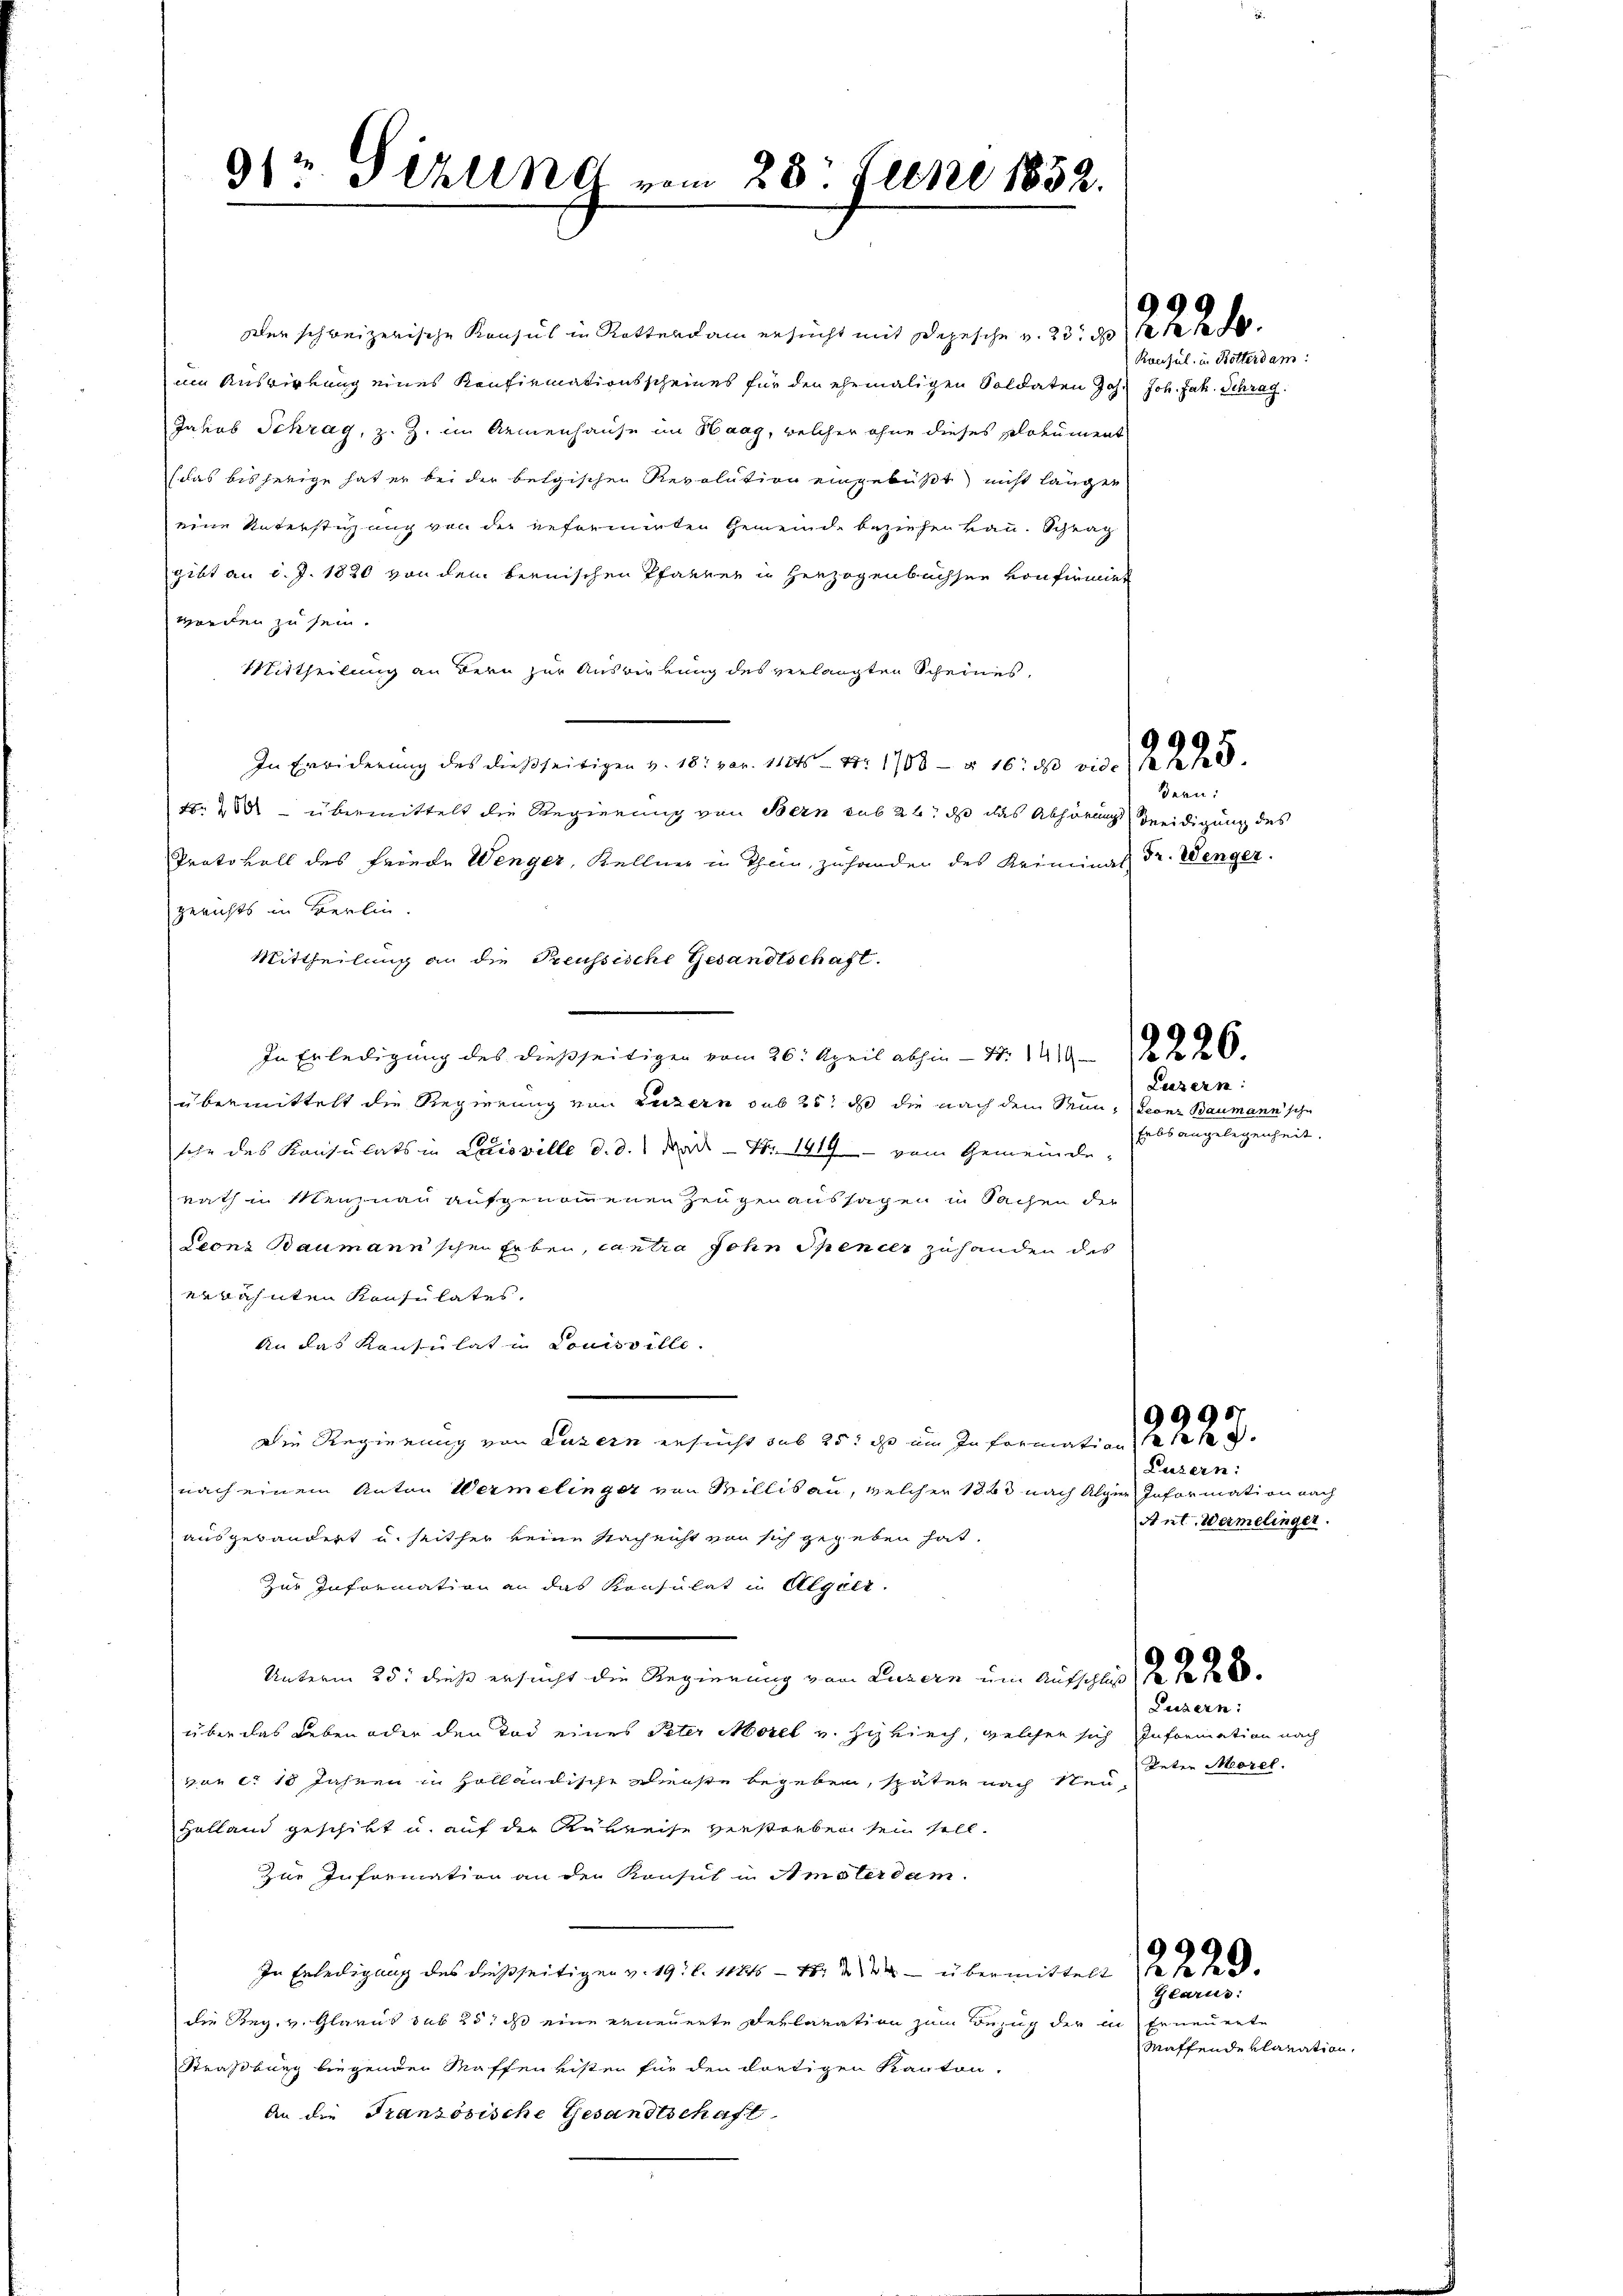
91 Sirung vom 28. Juni 1852.

oder schweizerische Kanzes in Rettendam ersucht mit Depesche v. 25. d. Jede de
um Auswirkung eines Konfirmationsscheines für den ehemaligen Soldaten Joh. Joh. Jak. Schrag
Jahiob Schrag, z. Z. im Armenhause im Haag, welcher ohne dieses Dokument
(das bisherige hat er bei der belgischen Revolution eingebüßt nicht längen
eine Unterstigung von der reformirten Gemeinde beziehen kann. Schrag
gibt an d. J. 1820 von dem bernischen Pfarrer in Herzogenbüchsen von firmiet
worden zu sein.
Mittheilung an Bern zur Auswirkung des verlangten Scheines,
In Erwiderung des dießseitigen v. 18. pr. 1124 Nr 1708 — § 16: 1 000 xx
t. 288 - übermittelt die Regierung von Bern sub 22, daß das Abhörung Beeidigung des
Protokoll des Friede Wenger, Kellner in Thein, zuhander des Keiminat Dr. Wenger.
gerichts in Berlin.
Mittheilung an die Preussische Gesandtschaft.
In Erledigung des dießseitigen vom 26. April abhin - Nr. 1419 f 226
übermittelt die Regierung von Luzern sub 25. ds die nach dem Senn, Leonz Baumann schn
sche des Konsulats in Louisville d. d. So Nr. 1419 - vom Gemeinderath in Menznau aufgenommenen Zeugen aussagen in Sachen der
Leonz Baumann'schen Erben, cantra sohn Spenitz zuhanden des
erwähnten Konsulates,
An das Konsulat in Louisville.
Die Regierung von Luzern ersucht sub 25t ihr um Information des
nach einem Anton Wermelinger von Millis an, welcher 1860 nach Algie Information nach
ausgebändert u. seither keine Nach nicht von sich gegeben hat.
Zur Information an das Konsulat in Algier
Unterm 25. dieß ersucht die Regierung von Luzern um Aufschluss 1 f 28
über das Leben oder den Tod eines Peter Morel u. schrich, welchen sich Information nach
von er 18 Jahren in Holländische Dienste begeben, später nach Neu¬
Halland geschikt u. auf der Rubreise verstorben sein soll.
zur Information an den Konsul in Amsterdam.
In Erledigung des dießseitigen v. 19. d. 11415 - 15. d. M. übermittelt das d
Die Reg. v. Glarus sub 25, daß eine erneuerte Deklaration zum Bezug der in Erneuerte
Straßburg biegenden Waffen visten für den dortigen Kanton,
An die Französische Gesandtschaft

Konsul, u. Bötterdam:

Bern:

Luzern:
Erbsangelegenheit.

9995

Luzern:
Ant. Wermelinger.

Luzern:
Deter Morel

Glarus:
Maffende klaration.